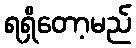
ရရှိတော့မည်